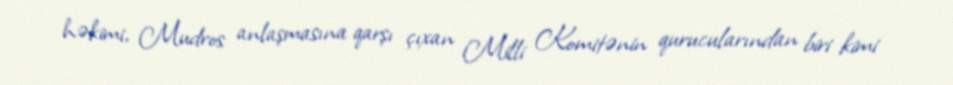
həkimi, Mudros anlaşmasına qarşı çıxan Milli Komitənin qurucularından biri kimi